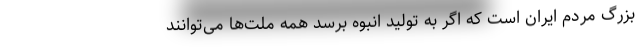
بزرگ مردم ایران است که اگر به تولید انبوه برسد همه ملت‌ها می‌توانند